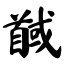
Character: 馘